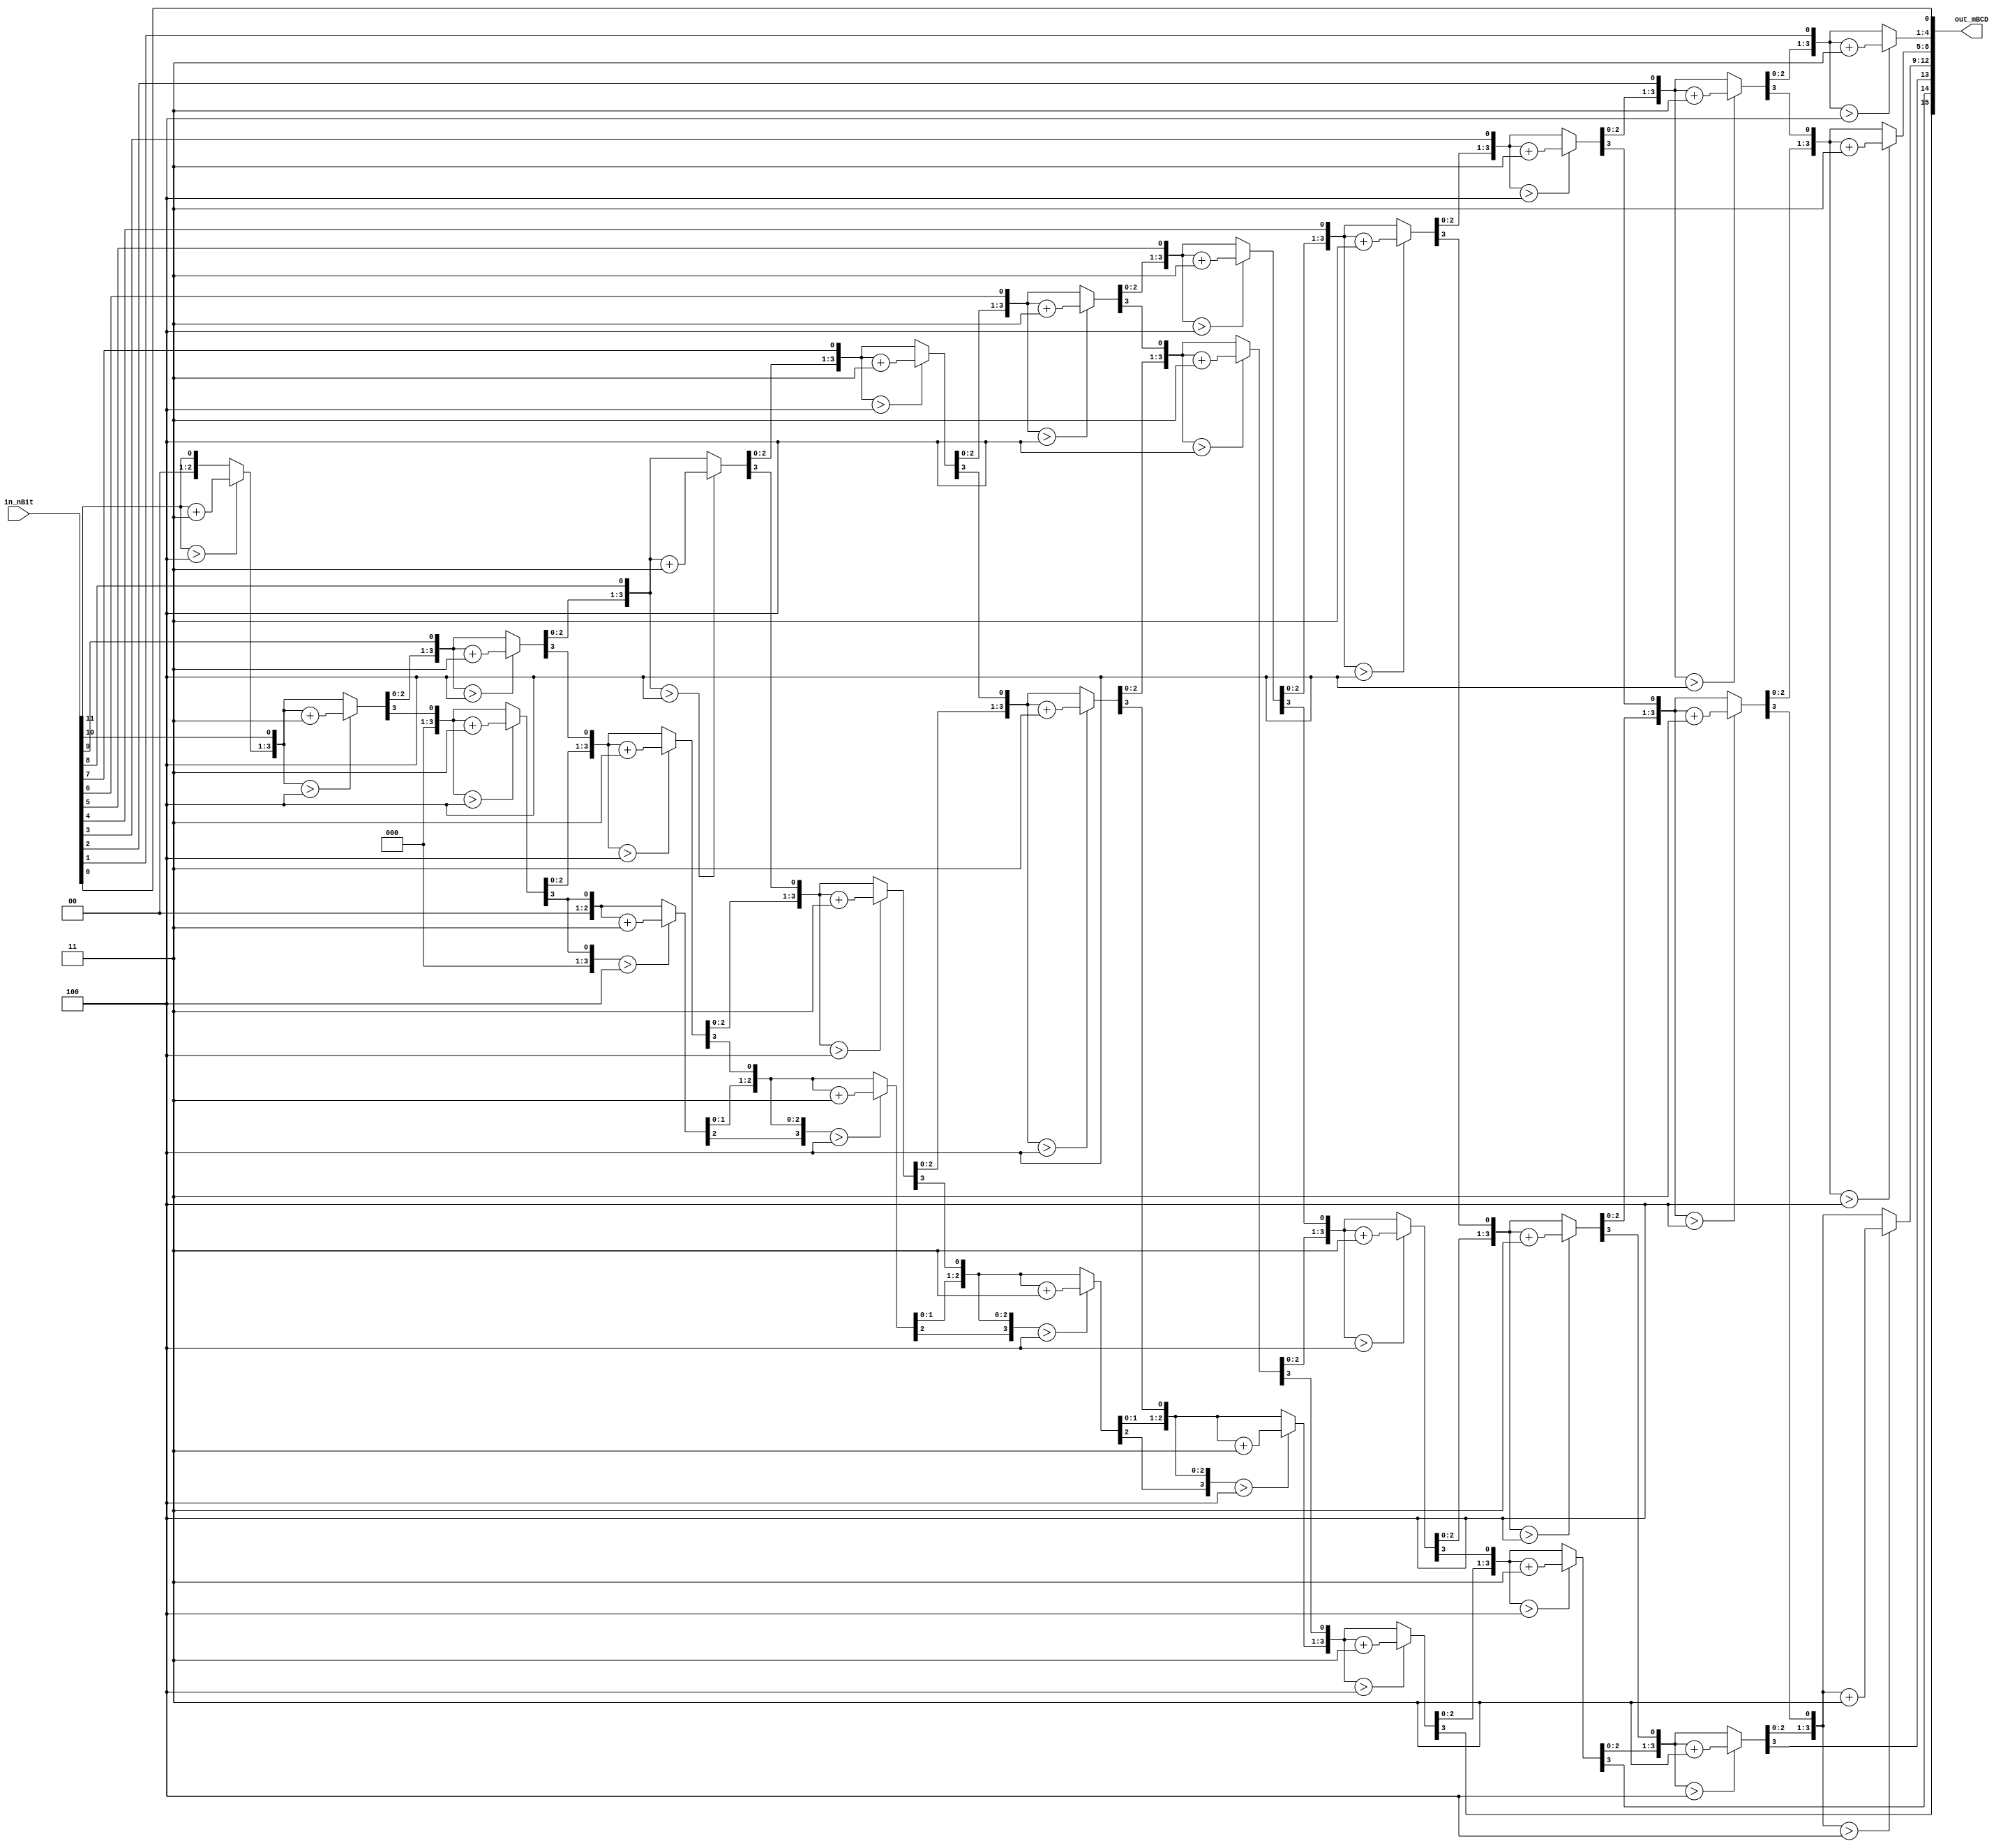
module DDA_nBit_mBCD #(parameter N = 12, M = 16)( //N must be a multiple of 4
  input [N-1:0] in_nBit,
  output [M-1:0] out_mBCD
);
  integer i, j;
  reg [N+M-1:0] shift_reg;
  always @(*) begin
    shift_reg[N-1:0] = in_nBit;
    shift_reg[N+M-1:N] = 0;
    for(i = 0; i<N; i= i+1) begin
      for(j = N; j<(N+M-4); j = j+4) begin
        if(shift_reg[j+:4] > 4)
          shift_reg[j+:4] = shift_reg[j+:4] + 3;
      end
      shift_reg = shift_reg << 1;
    end
  end
  assign out_mBCD = shift_reg[M+N-1:N];
endmodule